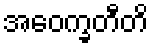
အဝေက္ခတီတိ